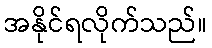
အနိုင်ရလိုက်သည်။